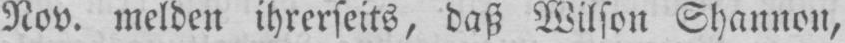
Nov. melden ihrerseits, daß Wilson Shannon,